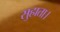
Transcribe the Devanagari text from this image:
सुहाता।